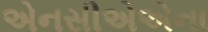
એનસીએએના